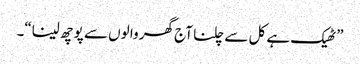
”ٹھیک ہے کل سے چلنا آج گھر وا لوں سے پو چھ لینا“۔